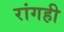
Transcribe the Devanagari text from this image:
रांगही